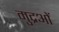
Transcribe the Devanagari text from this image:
मुद्रओं